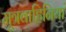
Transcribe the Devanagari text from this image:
मूत्रवाहिनियां